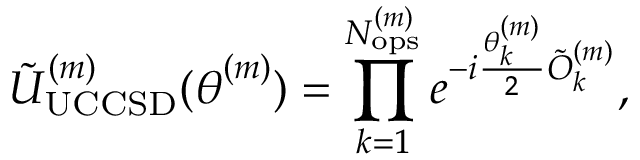
\tilde { U } _ { \mathrm { U C C S D } } ^ { ( m ) } ( \boldsymbol { \theta } ^ { ( m ) } ) = \prod _ { k = 1 } ^ { N _ { \mathrm { o p s } } ^ { ( m ) } } e ^ { - i \frac { \theta _ { k } ^ { ( m ) } } { 2 } \tilde { O } _ { k } ^ { ( m ) } } ,